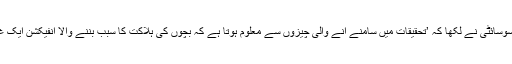
اسی حوالے سے فیس بک پر ایک بیان دیتے ہوئے تیونس کی ڈاکٹر سوسائٹی نے لکھا کہ ’تحقیقات میں سامنے آنے والی چیزوں سے معلوم ہوتا ہے کہ بچوں کی ہلاکت کا سبب بننے والا انفیکشن ایک غذا کی وجہ سے ہوا تھا جو گیسٹرک ٹیوب کی مدد سے دی گئی تھی۔